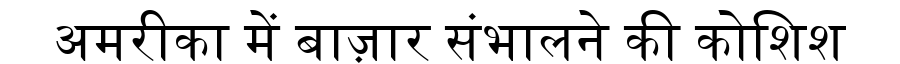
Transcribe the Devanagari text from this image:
अमरीका में बाज़ार संभालने की कोशिश